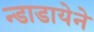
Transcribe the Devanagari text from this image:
न्डाडायेने